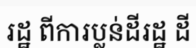
រដ្ឋ ពីការប្លន់ដីរដ្ឋ ដី